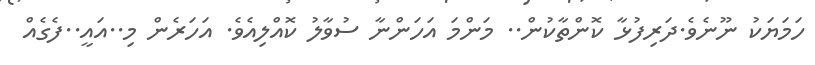
ހަމަޔަކު ނޫނެވެ.ދަރިފުޅާ ކޮންތާކުން.. މަންމަ އަހަަންނާާ ސުވާލު ކޮއްލިއެވެ. އަހަރެން މި..އައީ..ފެގެއް